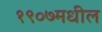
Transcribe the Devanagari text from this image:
१९०७मधील